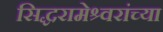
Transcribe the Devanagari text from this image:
सिद्धरामेश्र्वरांच्या